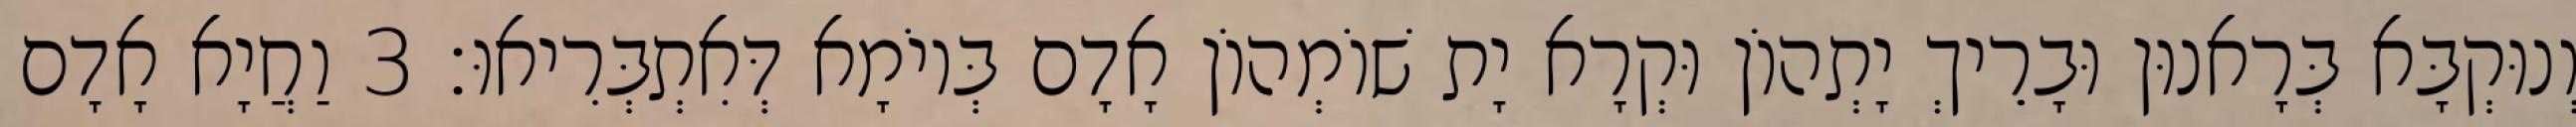
וְנוּקְבָּא בְּרָאנוּן וּבָרֵיךְ יָתְהוֹן וּקְרָא יָת שׁוֹמְהוֹן אָדָם בְּיוֹמָא דְּאִתְבְּרִיאוּ׃ 3 וַחֲיָא אָדָם